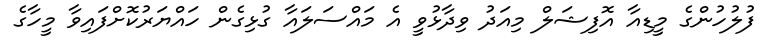
ފުލުހުންގެ މީޑިއާ އޮފިޝަލް މިއަދު ވިދާޅުވީ އެ މައްސަލައާ ގުޅިގެން ހައްޔަރުކޮށްފައިވާ މީހާގެ